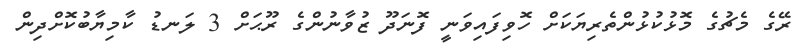
ރޭގެ މެޗުގެ މޮޅުކުޅުންތެރިޔަކަށް ހޮވިފައިވަނީ ފޮނަދޫ ޒުވާނުންގެ ރޫޙަށް 3 ލަނޑު ކާމިޔާބުކޮށްދިން